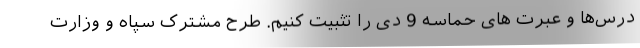
درس‌ها و عبرت های حماسه 9 دی را تثبیت کنیم. طرح مشترک سپاه و وزارت